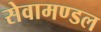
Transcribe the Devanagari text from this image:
सेवामण्डल